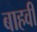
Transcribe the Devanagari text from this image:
बाहवीं